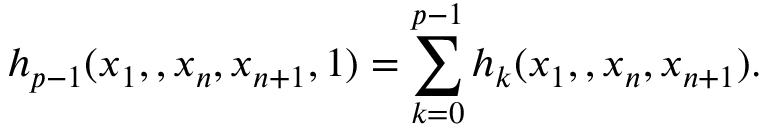
h _ { p - 1 } ( x _ { 1 } , \l , x _ { n } , x _ { n + 1 } , 1 ) = \sum _ { k = 0 } ^ { p - 1 } h _ { k } ( x _ { 1 } , \l , x _ { n } , x _ { n + 1 } ) .